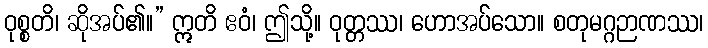
ဝုစ္စတိ၊ ဆိုအပ်၏။” ဣတိ ဧဝံ၊ ဤသို့။ ဝုတ္တဿ၊ ဟောအပ်သော။ စတုမဂ္ဂဉာဏဿ၊